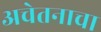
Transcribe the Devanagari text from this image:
अचेतनाचा